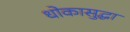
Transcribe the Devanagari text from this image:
धोकासुद्धा